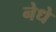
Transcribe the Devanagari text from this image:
नेधे